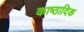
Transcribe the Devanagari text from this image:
काष्‍ठादिक